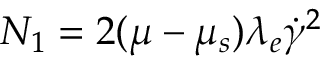
N _ { 1 } = 2 ( \mu - \mu _ { s } ) \lambda _ { e } \dot { \gamma } ^ { 2 }